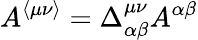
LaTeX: A^{\langle\mu\nu\rangle}=\Delta_{\alpha\beta}^{\mu\nu}A^{\alpha\beta}